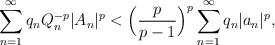
LaTeX: \begin{align*}{}\displaystyle\sum_{n=1}^{\infty}q_nQ_{n}^{-p}|A_{n}|^{p}&< \Big(\frac{p}{p-1}\Big)^{p}\displaystyle\sum_{n=1}^{\infty}q_{n}|a_{n}|^{p},\end{align*}